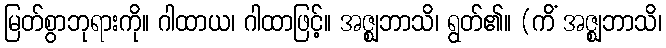
မြတ်စွာဘုရားကို။ ဂါထာယ၊ ဂါထာဖြင့်။ အဇ္ဈဘာသိ၊ ရွတ်၏။ (ကိံ အဇ္ဈဘာသိ၊